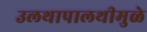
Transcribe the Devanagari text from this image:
उलथापालथीमुळे